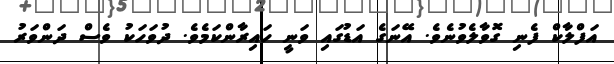
އަފްލާކް ފެނި ގޮވާލެވުނެވެ. އޭނަގެ އަޑުގައި ވަނީ ހައިރާންކަމެވެ. ދުވަހަކު ވެސް ދަންވަރު